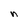
Character: n